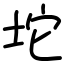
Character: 坨